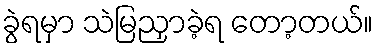
ခွဲရမှာ သဲမြညှာခဲ့ရ တော့တယ်။